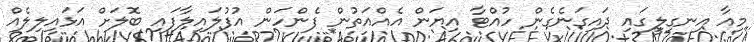
މިއާ އިނގިލީގައި ދައިގަނެގެން ހުއްޓާ އިޔަން އެއްއަތުން ފެންހަން އުފުލައިލާފައި ބޮލަށް އަޅައިލިލެއް